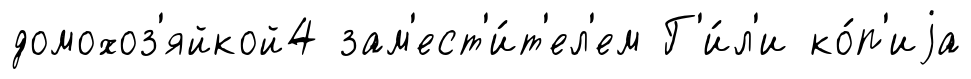
домохоз'яйкой4 зам'ест'и́т'ел'ем Г'и́л'и ко́п'иjа